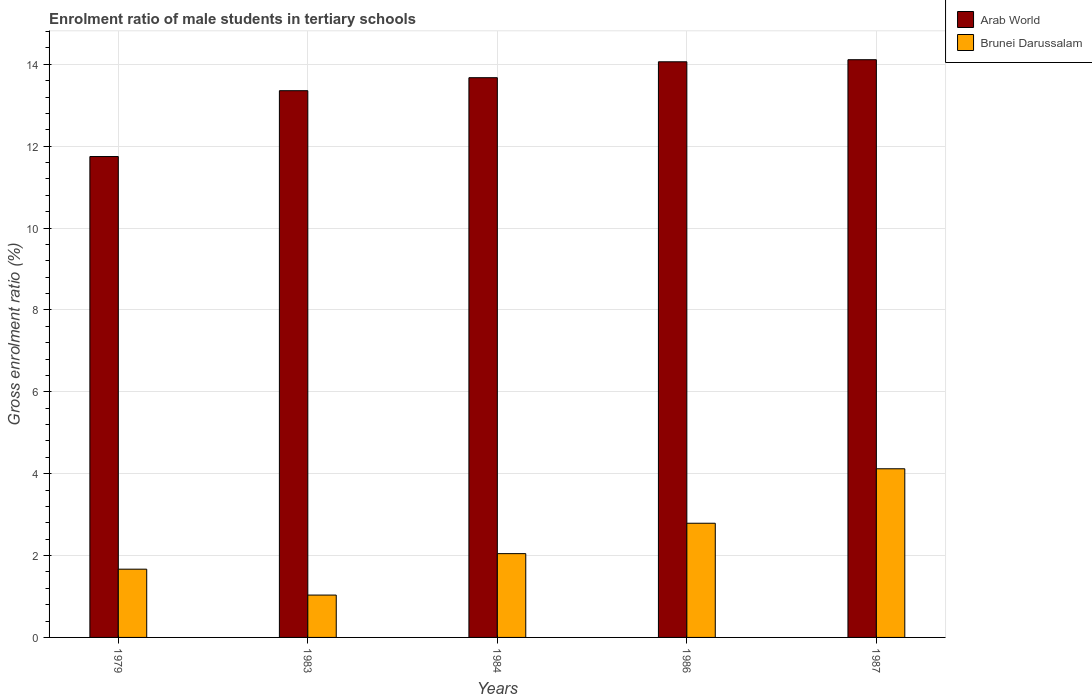
| Years | Arab World | Brunei Darussalam |
 | --- | --- | --- |
 | 1979 | 11.7 | 1.67 |
 | 1983 | 13.4 | 1.03 |
 | 1984 | 13.7 | 2.05 |
 | 1986 | 14.1 | 2.79 |
 | 1987 | 14.1 | 4.12 |